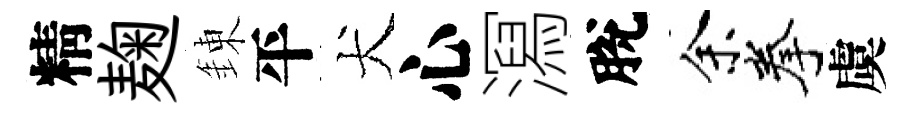
精麹錬平犬心㵼脫余拳虞